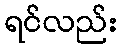
ရင်လည်း